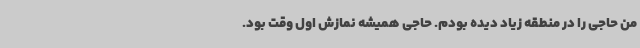
من حاجی را در منطقه زیاد دیده بودم. حاجی همیشه نمازش اول وقت بود.